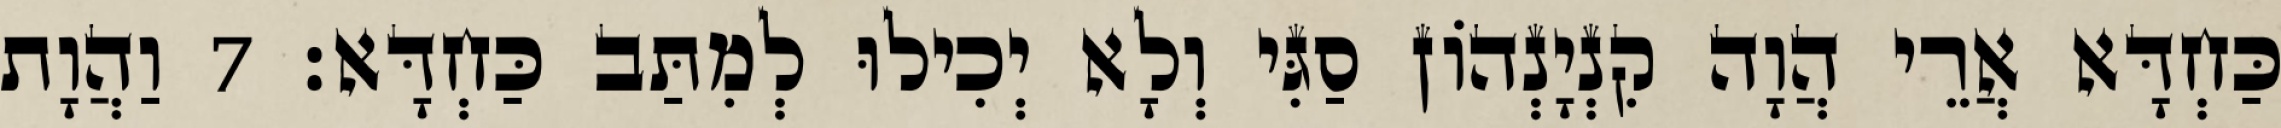
כַּחְדָּא אֲרֵי הֲוָה קִנְיָנְהוֹן סַגִּי וְלָא יְכִילוּ לְמִתַּב כַּחְדָּא׃ 7 וַהֲוָת